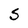
Character: S